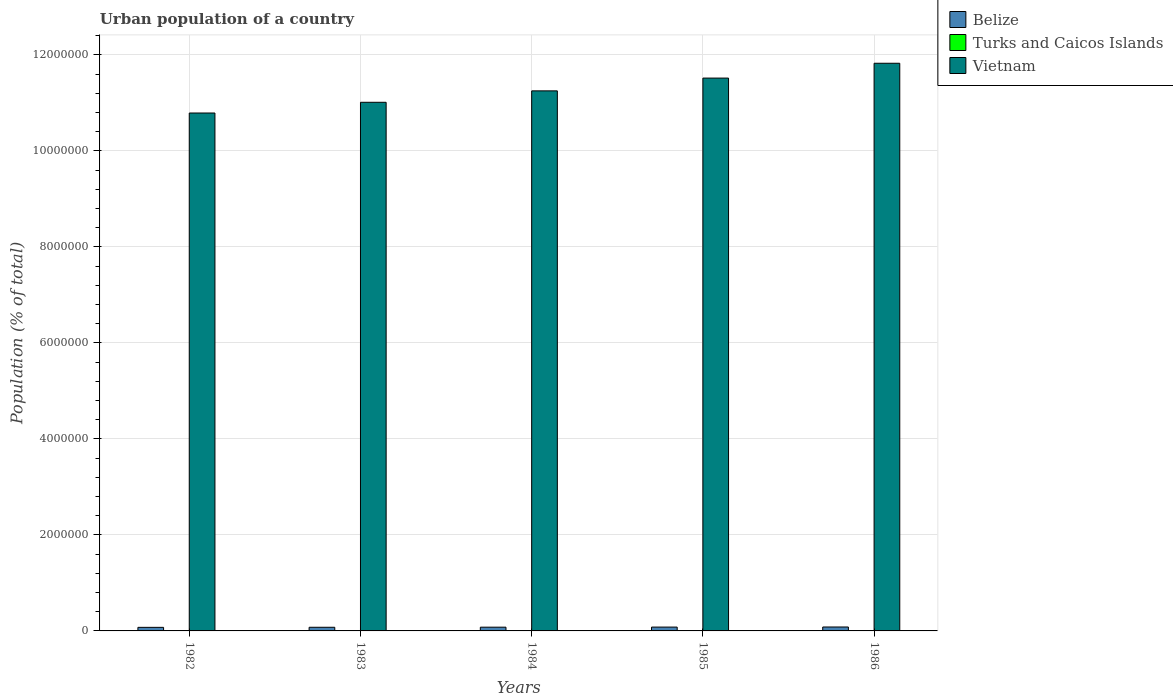
| Years | Belize | Turks and Caicos Islands | Vietnam |
 | --- | --- | --- | --- |
 | 1982 | 7.42e+04 | 4.9e+03 | 1.08e+07 |
 | 1983 | 7.6e+04 | 5.33e+03 | 1.1e+07 |
 | 1984 | 7.79e+04 | 5.78e+03 | 1.12e+07 |
 | 1985 | 7.99e+04 | 6.22e+03 | 1.15e+07 |
 | 1986 | 8.18e+04 | 6.65e+03 | 1.18e+07 |